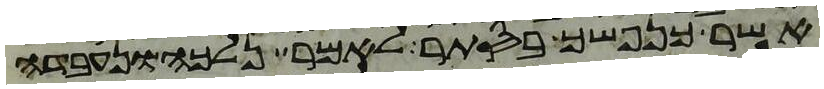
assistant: אשר כנפשך בסתר לאמר נלכה ונעבדה